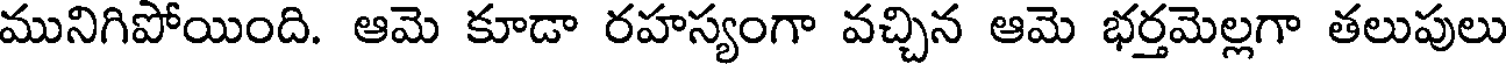
మునిగిపోయింది. ఆమె కూడా రహస్యంగా వచ్చిన ఆమె భర్తమెల్లగా తలుపులు